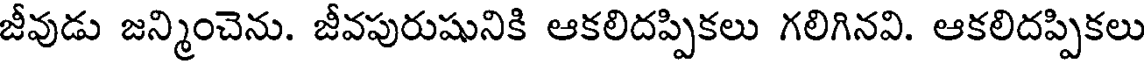
జీవుడు జన్మించెను. జీవపురుషునికి ఆకలిదప్పికలు గలిగినవి. ఆకలిదప్పికలు